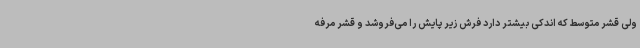
ولی قشر متوسط که اندکی بیشتر دارد فرش زیر پایش را می‌فروشد و قشر مرفه